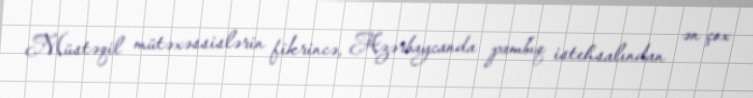
Müstəqil mütəxəssislərin fikrincə, Azərbaycanda pambıq istehsalından ən çox